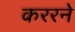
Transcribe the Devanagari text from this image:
कररने